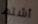
أشتم